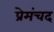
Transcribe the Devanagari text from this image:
प्रेमंचद